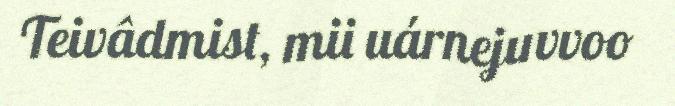
Teivâdmist, mii uárnejuvvoo